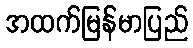
အထက်မြန်မာပြည်